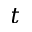
t